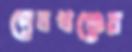
দেবখণ্ডের